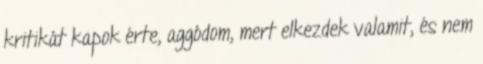
kritikát kapok érte, aggódom, mert elkezdek valamit, és nem